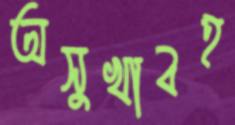
অসুখাবহ